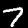
Label: 7